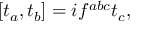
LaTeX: [ t _ { a } , t _ { b } ] = i f ^ { a b c } t _ { c } ,